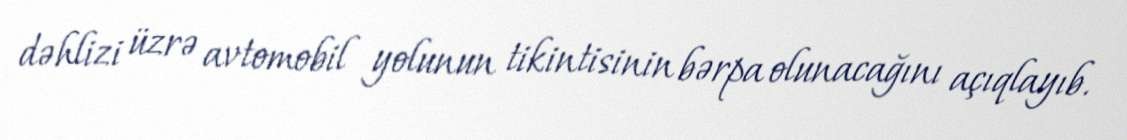
dəhlizi üzrə avtomobil yolunun tikintisinin bərpa olunacağını açıqlayıb.